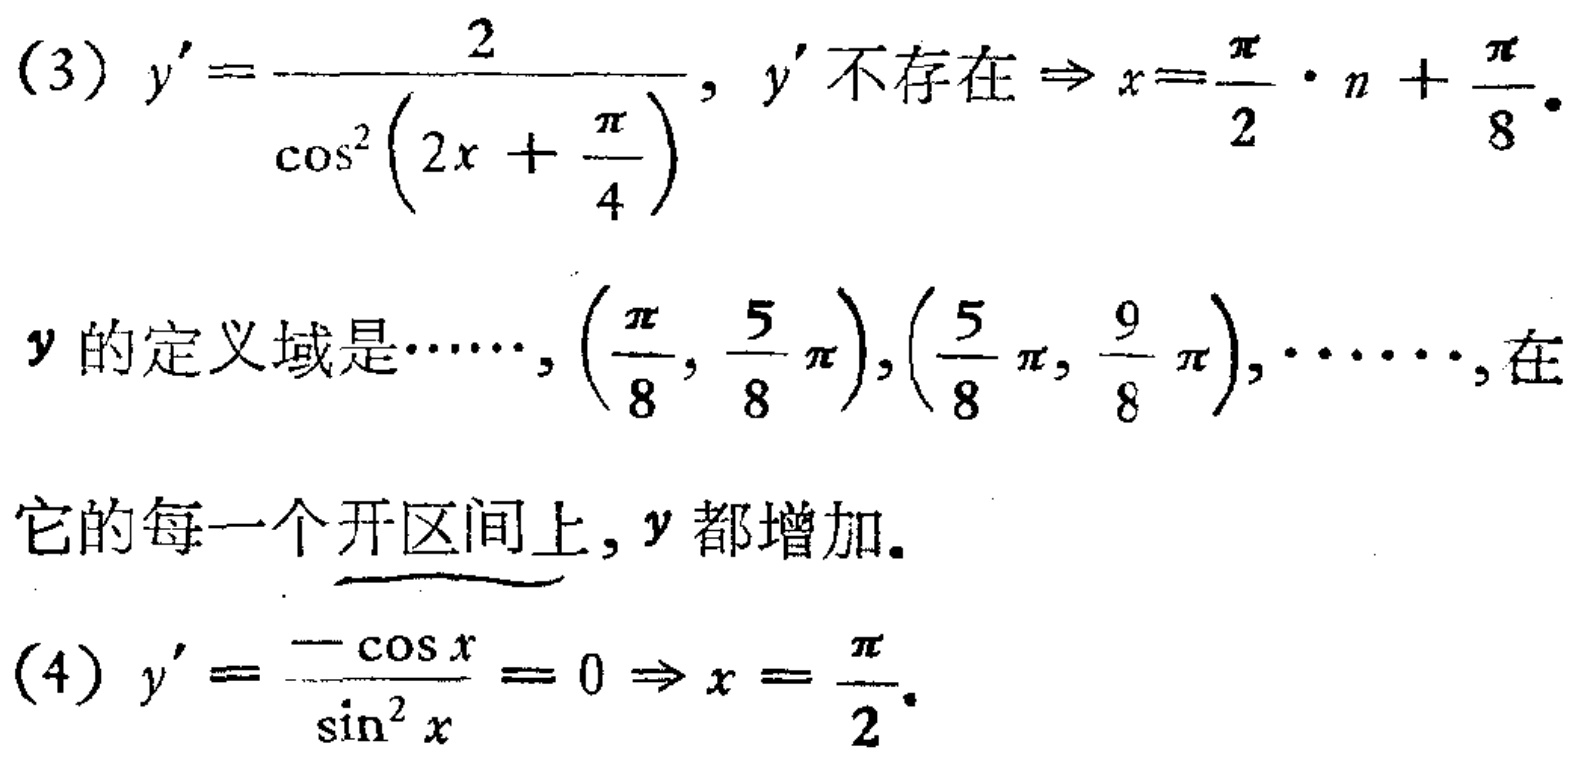
(3) \(y' = -\frac{2}{\cos^{2}(2x + \frac{\pi}{4})}\), \(y'\)不存在\(\Rightarrow x=\frac{\pi}{2}\cdot n+\frac{\pi}{8}\).
\(y\)的定义域是\(\cdots\cdots,(\frac{\pi}{8},\frac{5}{8}\pi),(\frac{5}{8}\pi,\frac{9}{8}\pi),\cdots\cdots\), 在
它的每一个开区间上, \(y\)都增加.
(4) \(y' = \frac{-\cos x}{\sin^{2}x}=0\Rightarrow x = \frac{\pi}{2}\).